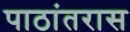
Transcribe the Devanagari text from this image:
पाठांतरास